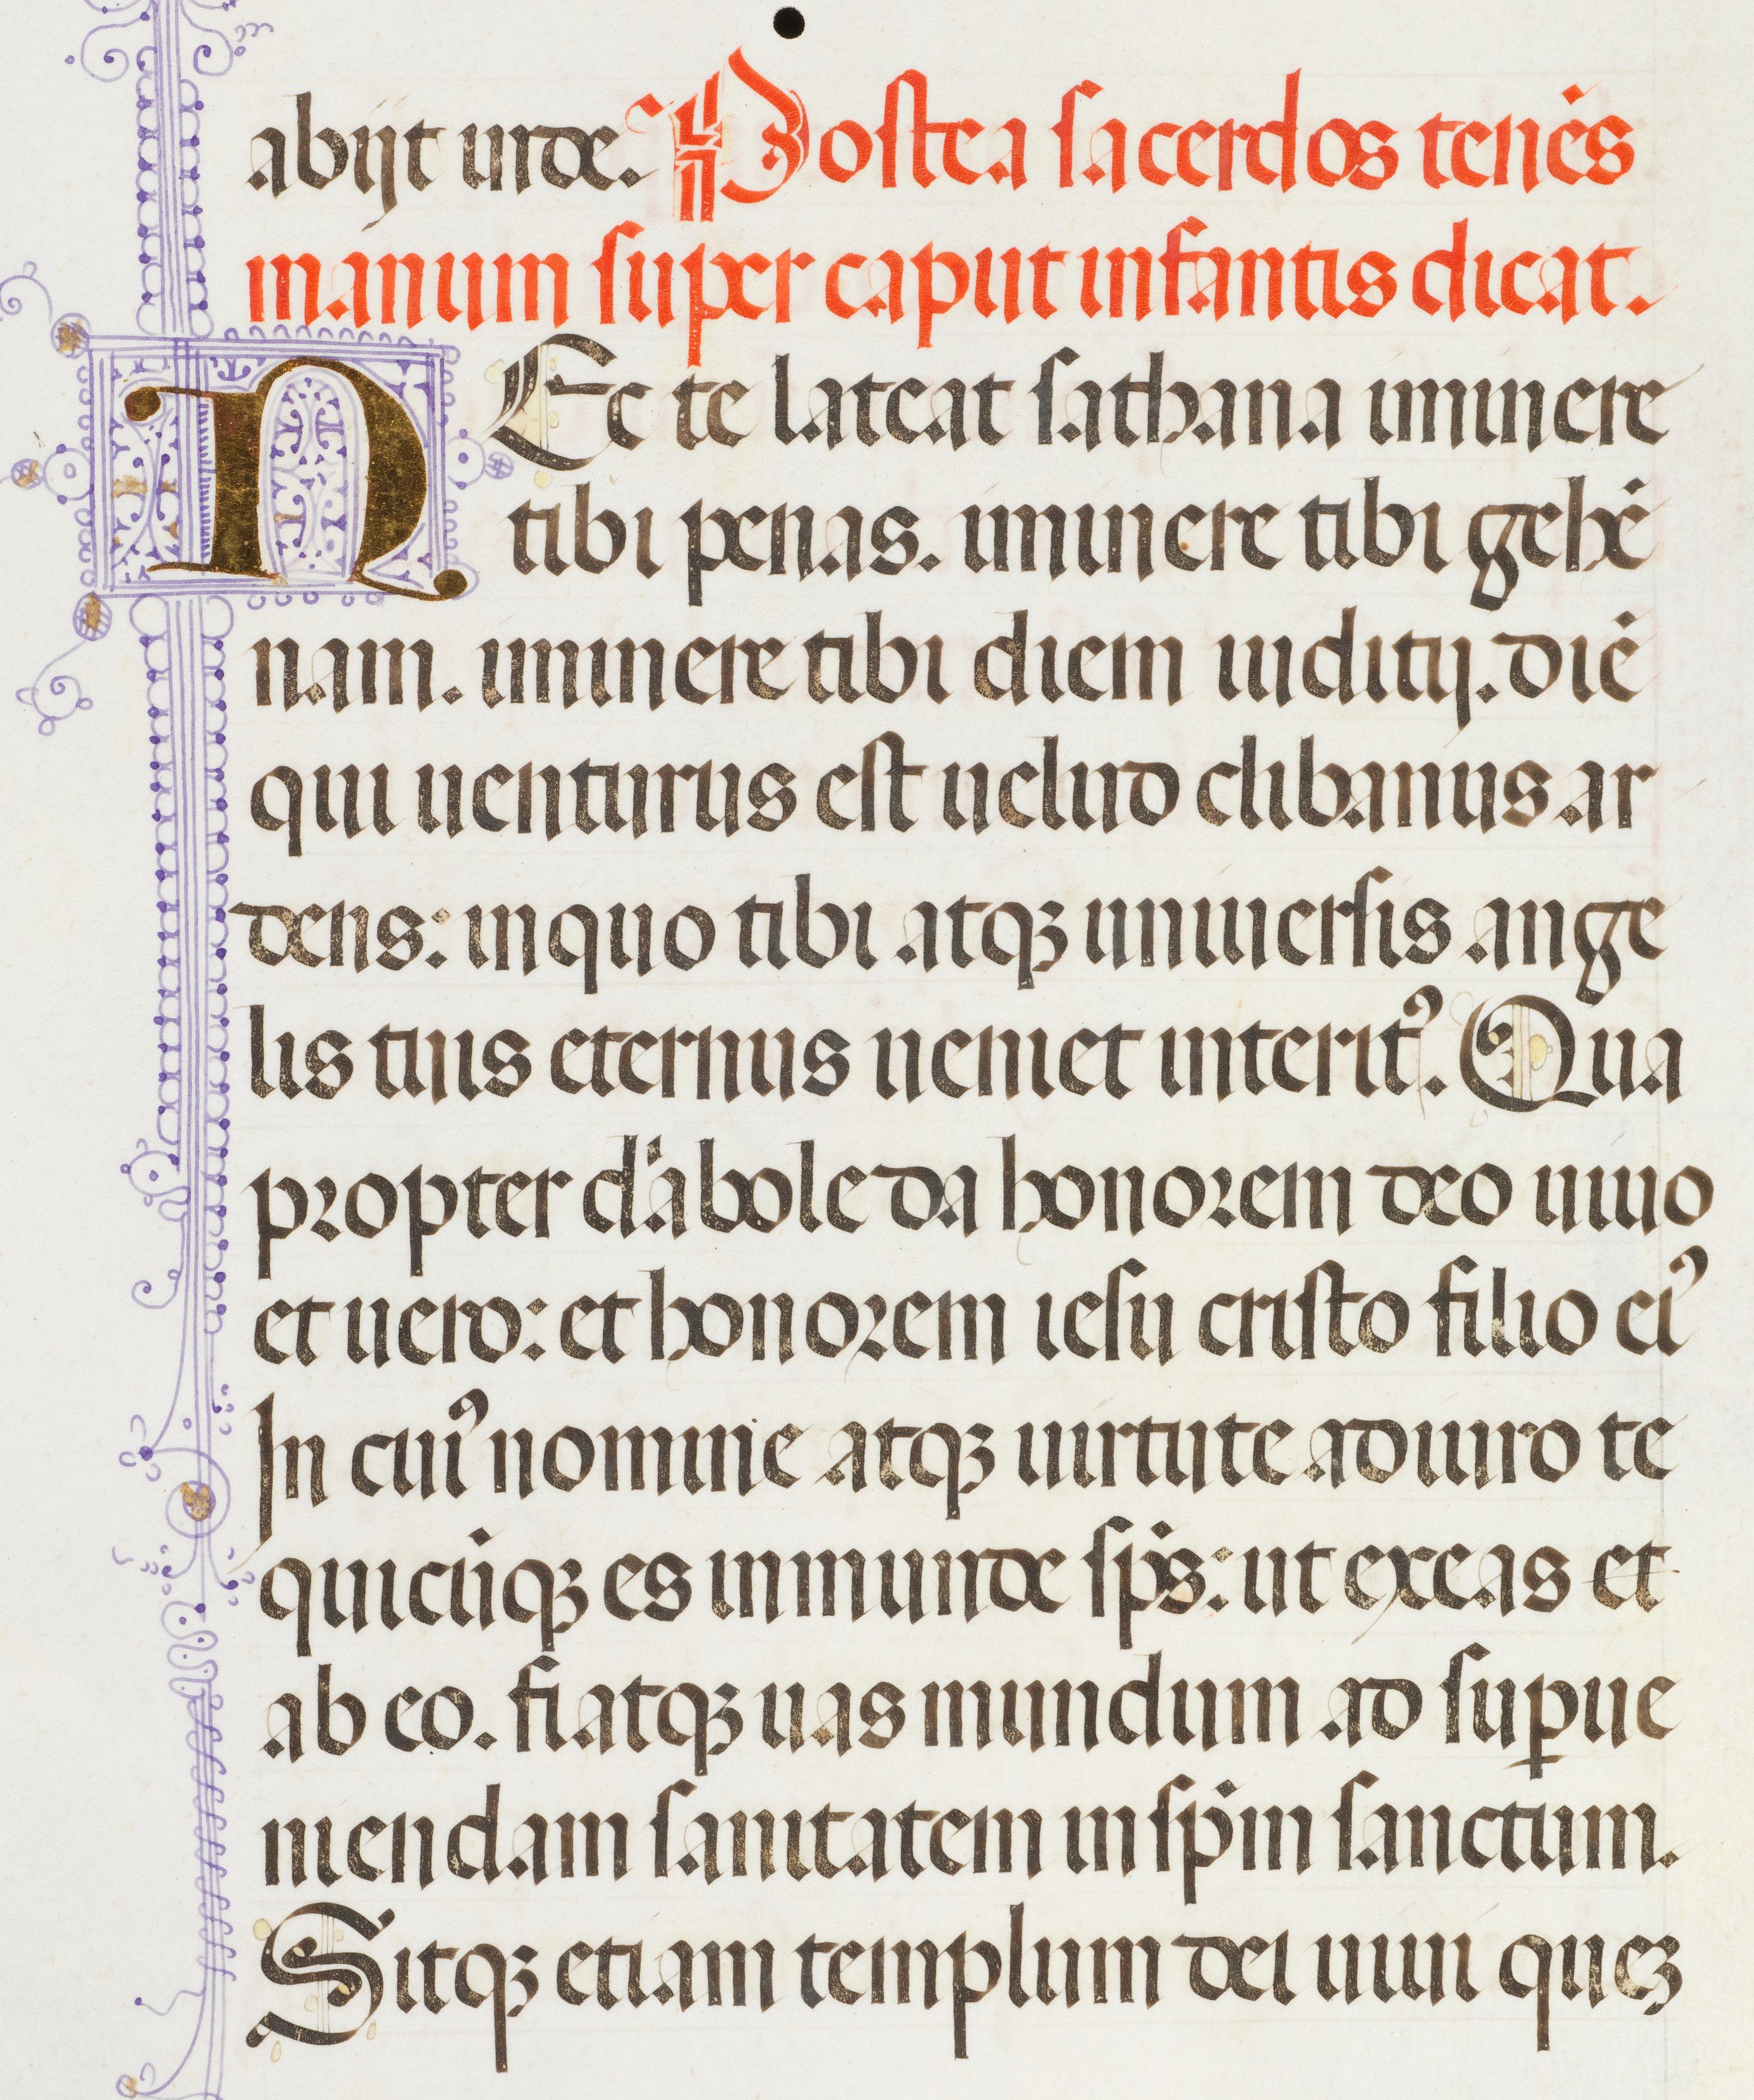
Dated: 1455–1599